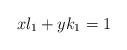
LaTeX: \begin{align*} xl_1+yk_1=1\end{align*}